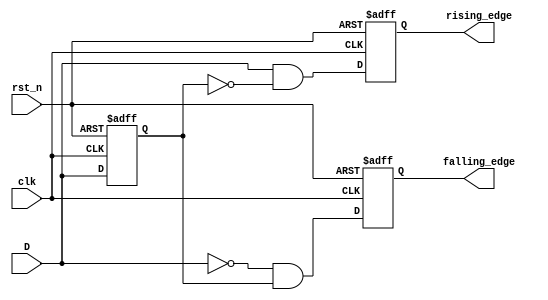
module glitch_free_edge_detector (
    input wire clk,          // Clock signal
    input wire rst_n,       // Active low reset
    input wire D,           // Input signal to be monitored
    output reg rising_edge, // Output signal for rising edge detection
    output reg falling_edge // Output signal for falling edge detection
);

    // Memory blocks to store previous and current states
    reg D_prev; // Previous state of the input signal

    // Sequential logic to detect edges
    always @(posedge clk or negedge rst_n) begin
        if (!rst_n) begin
            D_prev <= 1'b0; // Initialize previous state to 0 on reset
            rising_edge <= 1'b0; // Initialize rising edge output
            falling_edge <= 1'b0; // Initialize falling edge output
        end else begin
            // Edge detection logic
            rising_edge <= (D == 1'b1 && D_prev == 1'b0); // Rising edge detected
            falling_edge <= (D == 1'b0 && D_prev == 1'b1); // Falling edge detected
            
            // Update previous state
            D_prev <= D; // Store current state for next clock cycle
        end
    end

endmodule